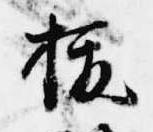
抜